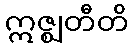
ဣဇ္ဈတီတိ